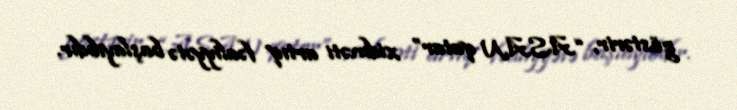
göstərir, “ASAN qatar” xidməti artıq fəaliyyətə başlayıbdır.